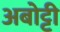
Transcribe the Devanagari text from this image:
अबोट्टी